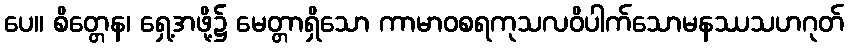
ပေ။ စိတ္တေန၊ ရှေ့အဖို့၌ မေတ္တာရှိသော ကာမာဝစရကုသလဝိပါက်သောမနဿသဟဂုတ်